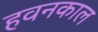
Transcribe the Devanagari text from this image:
हवनकाल